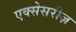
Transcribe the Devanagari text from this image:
एक्सेसरीज़